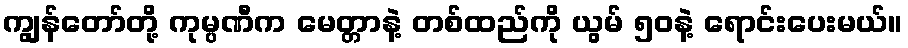
ကျွန်တော်တို့ ကုမ္ပဏီက မေတ္တာနဲ့ တစ်ထည်ကို ယွမ် ၅၀နဲ့ ရောင်းပေးမယ်။